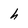
Character: h